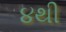
૪થી